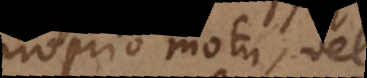
proprio motu, vel